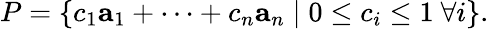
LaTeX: P=\left\{ c_{1}\mathbf{a}_{1}+\cdots+c_{n}\mathbf{a}_{n}\mid 0\leq c_{i}\leq 1\ \forall i\right\} .